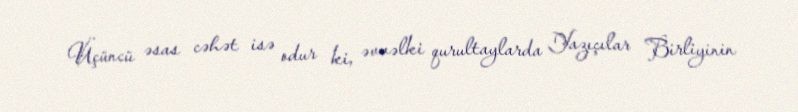
Üçüncü əsas cəhət isə odur ki, əvvəlki qurultaylarda Yazıçılar Birliyinin